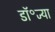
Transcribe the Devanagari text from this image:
डॉ॰ज्या